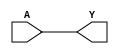
module BUFF (
	input A,
	output Y
);
	assign Y = A;
endmodule